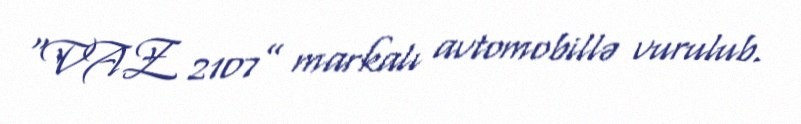
“VAZ 2107” markalı avtomobillə vurulub.